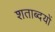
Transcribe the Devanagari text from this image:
शताब्दयों